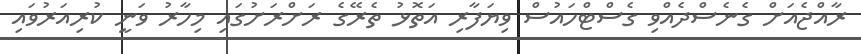
ރާއްޖެއަށް ގެނެސްދެއްވި ގެސްޓްހައުސް ވިޔަފާރި އަތޮޅު ތެރޭގެ ރަށްރަށުގައި މިހާރު ވަނީ ކުރިއަރުވައި